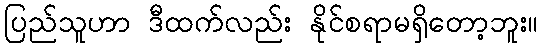
ပြည်သူဟာ ဒီထက်လည်း နိုင်စရာမရှိတော့ဘူး။